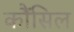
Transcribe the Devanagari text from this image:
कौंंसिल